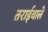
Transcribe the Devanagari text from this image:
तराईवाले